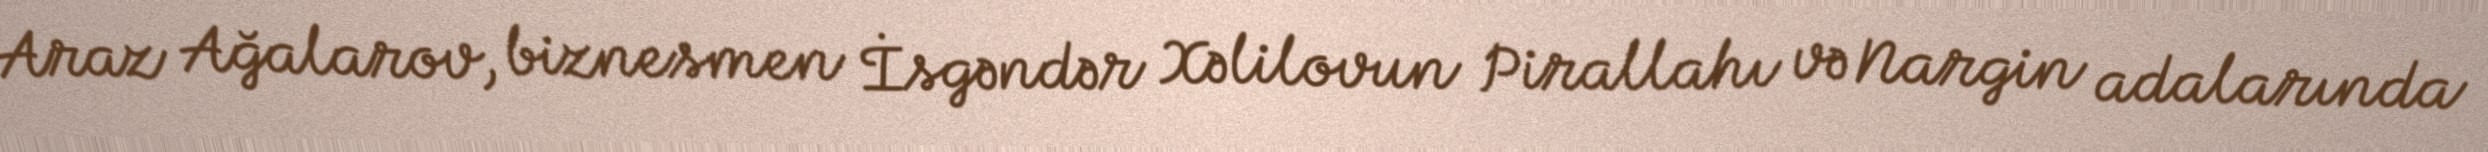
Araz Ağalarov, biznesmen İsgəndər Xəlilovun Pirallahı və Nargin adalarında